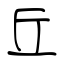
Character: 丘